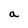
Character: a